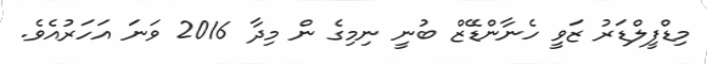
މިޑްފީލްޑަރު ޒަވީ ހެނާންޑޭޒް ބުނީ ނިމިގެ ން މިދާ 2016 ވަނަ އަހަރުއެވެ.